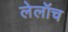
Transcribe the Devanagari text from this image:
लेलॉच